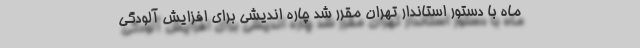
ماه با دستور استاندار تهران مقرر شد چاره اندیشی برای افزایش آلودگی